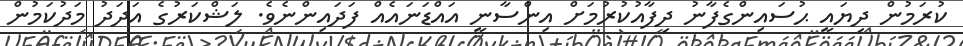
ކުރަމުން ދިޔައީ ޙުސައިންގެފާނު ދިފާއުކުރުމަށް އިންސާނީ އައްޑަނައެއް ފަދައިންނެވެ. ލަޝްްކަރުގެ އަދަދު މަދުކަމުން